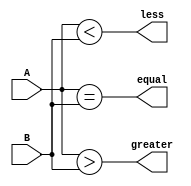
module two_bit_comparator(
    input [1:0] A, // 2-bit input A
    input [1:0] B, // 2-bit input B
    output equal, // output flag for equality
    output greater, // output flag for A > B
    output less // output flag for A < B
);

assign equal = (A == B);
assign greater = (A > B);
assign less = (A < B);

endmodule